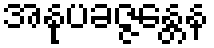
အနုပခဇ္ဇန္တေန